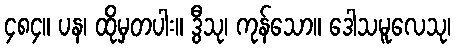
၄၈၄။ ပန၊ ထိုမှတပါး။ ဒွီသု၊ ကုန်သော။ ဒေါသမူလေသု၊